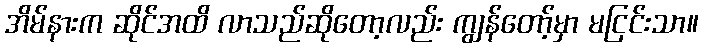
အိမ်နားက ဆိုင်အထိ လာသည်ဆိုတော့လည်း ကျွန်တော့်မှာ မငြင်းသာ။